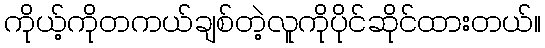
ကိုယ့်ကိုတကယ်ချစ်တဲ့လူကိုပိုင်ဆိုင်ထားတယ်။